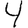
Digit: 4